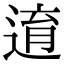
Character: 逳